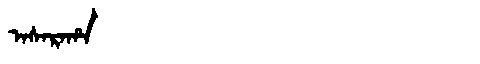
Manchu: ᠠᠰᠠᡵᠠᡥᠠ
Romanization: ASARAHA